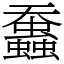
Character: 䘉